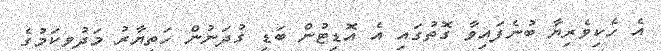
އެ ހެކިވެރިޔާ ބުނެފައިވާ ގޮތުގައި އެ އޮޑިޓުން ބަޑި ގުދަނުން ހަތިޔާރު މަދުވިކަމުގެ